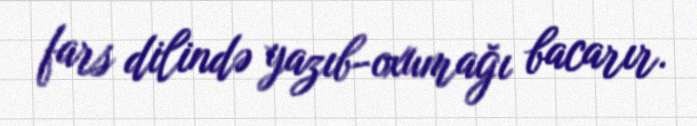
fars dilində yazıb-oxumağı bacarır.